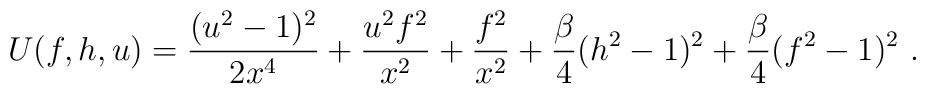
U(f,h,u)=\frac{(u^2-1)^2}{2x^4}+\frac{u^2f^2}{x^2}+\frac{f^2}{x^2}+\frac\beta 4(h^2-1)^2+\frac\beta 4(f^2-1)^2 \ .